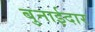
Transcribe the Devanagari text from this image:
बुनाईदार